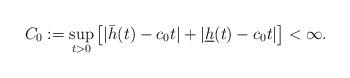
LaTeX: \begin{align*}C_0:=\sup_{t>0} \big[|\bar h(t)-c_0t|+|\underline h(t)-c_0t|\big]<\infty.\end{align*}